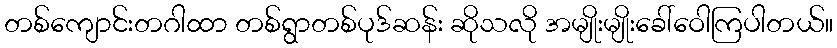
တစ်ကျောင်းတဂါထာ တစ်ရွာတစ်ပုဒ်ဆန်း ဆိုသလို အမျိုးမျိုးခေါ်ဝေါကြပါတယ်။